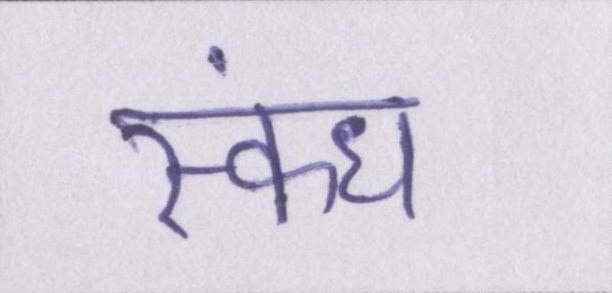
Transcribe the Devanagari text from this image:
स्कंध